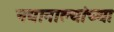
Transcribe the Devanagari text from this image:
नद्यानाल्यांच्या